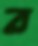
ব